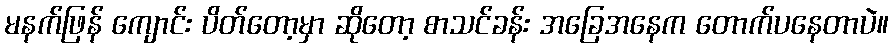
မနက်ဖြန် ကျောင်း ပိတ်တော့မှာ ဆိုတော့ စာသင်ခန်း အခြေအနေက တောက်ပနေတာပဲ။